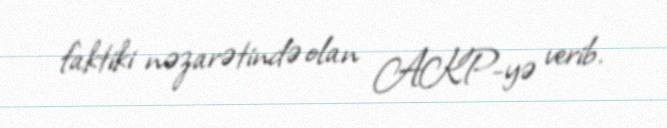
faktiki nəzarətində olan AKP-yə verib.